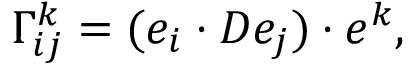
\Gamma _ { i j } ^ { k } = ( e _ { i } \cdot D e _ { j } ) \cdot e ^ { k } ,